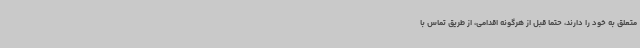
متعلق به خود را دارند، حتما قبل از هرگونه اقدامی، از طریق تماس با